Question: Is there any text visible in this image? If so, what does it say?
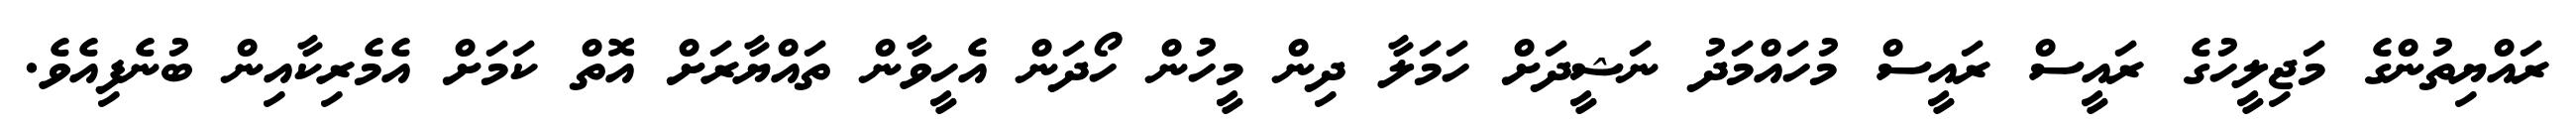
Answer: ރައްޔިތުންގެ މަޖިލީހުގެ ރައީސް ރައީސް މުހައްމަދު ނަޝީދަށް ހަމަލާ ދިން މީހުން ހޯދަން އެހީވާން ތައްޔާރަށް އޮތް ކަމަށް އެމެރިކާއިން ބުނެފިއެވެ.